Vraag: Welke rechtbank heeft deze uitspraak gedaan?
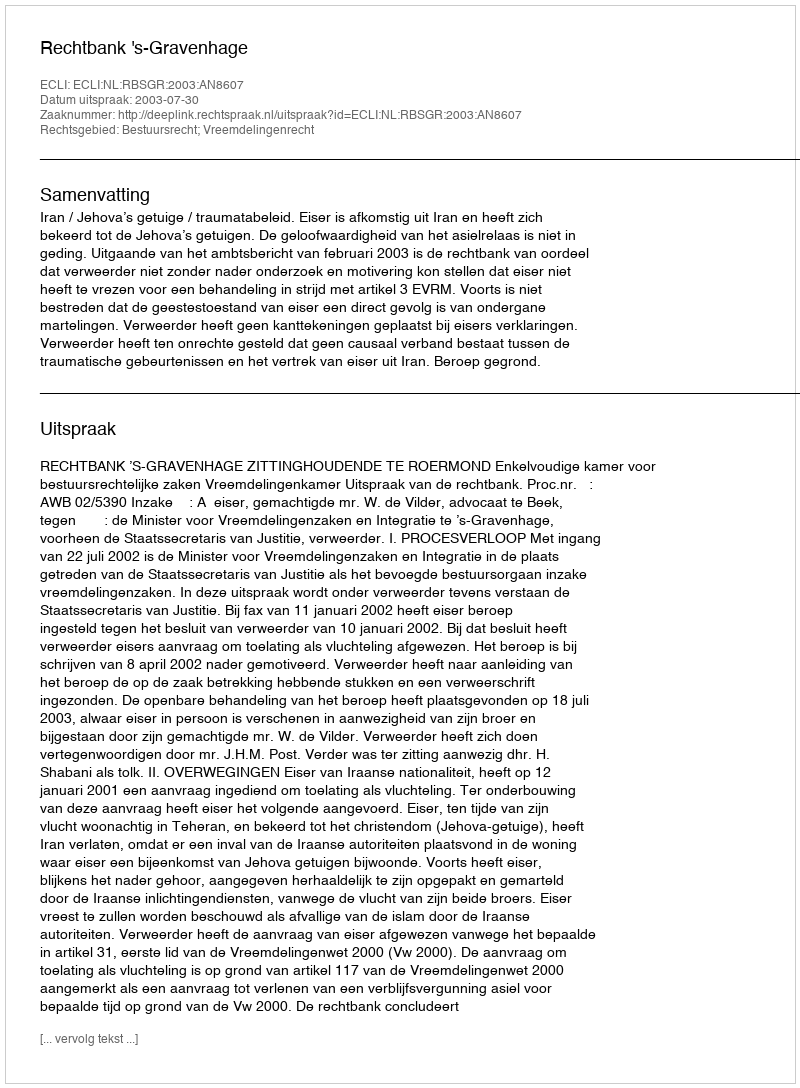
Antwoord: Rechtbank 's-Gravenhage